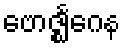
ဗောဇ္ဈင်္ဂေန